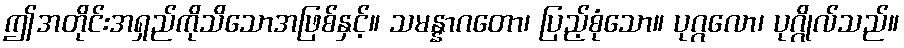
ဤအတိုင်းအရှည်ကိုသိသောအဖြစ်နှင့်။ သမန္နာဂတော၊ ပြည့်စုံသော။ ပုဂ္ဂလော၊ ပုဂ္ဂိုလ်သည်။